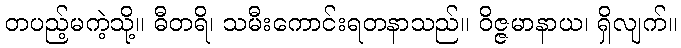
တပည့်မကဲ့သို့။ ဓီတရိ၊ သမီးကောင်းရတနာသည်။ ဝိဇ္ဇမာနာယ၊ ရှိလျက်။